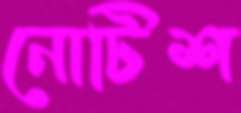
নোটিশ